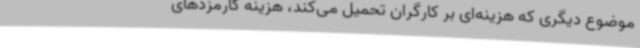
موضوع دیگری که هزینه‌ای بر کارگران تحمیل می‌کند، هزینه کارمزدهای